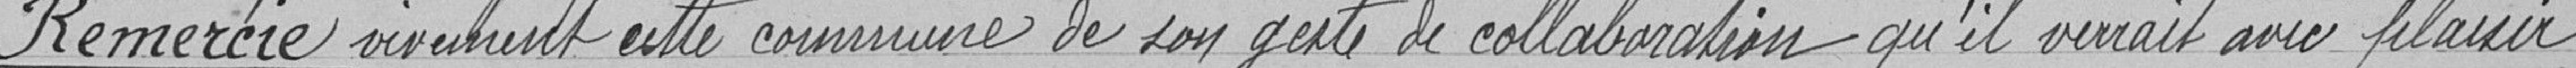
Remercie vivement cette commune de son geste de collaboration qu'il verrait avec plaisir